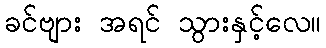
ခင်ဗျား အရင် သွားနှင့်လေ။